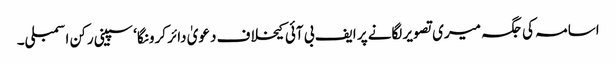
اسامہ کی جگہ میری تصویر لگانے پر ایف بی آئی کیخلاف دعویٰ دائر کرونگا‘ سپینی رکن اسمبلی۔